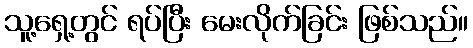
သူ့ရှေ့တွင် ရပ်ပြီး မေးလိုက်ခြင်း ဖြစ်သည်။